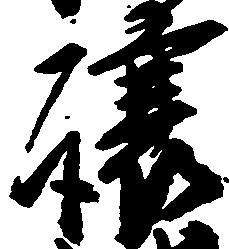
譲